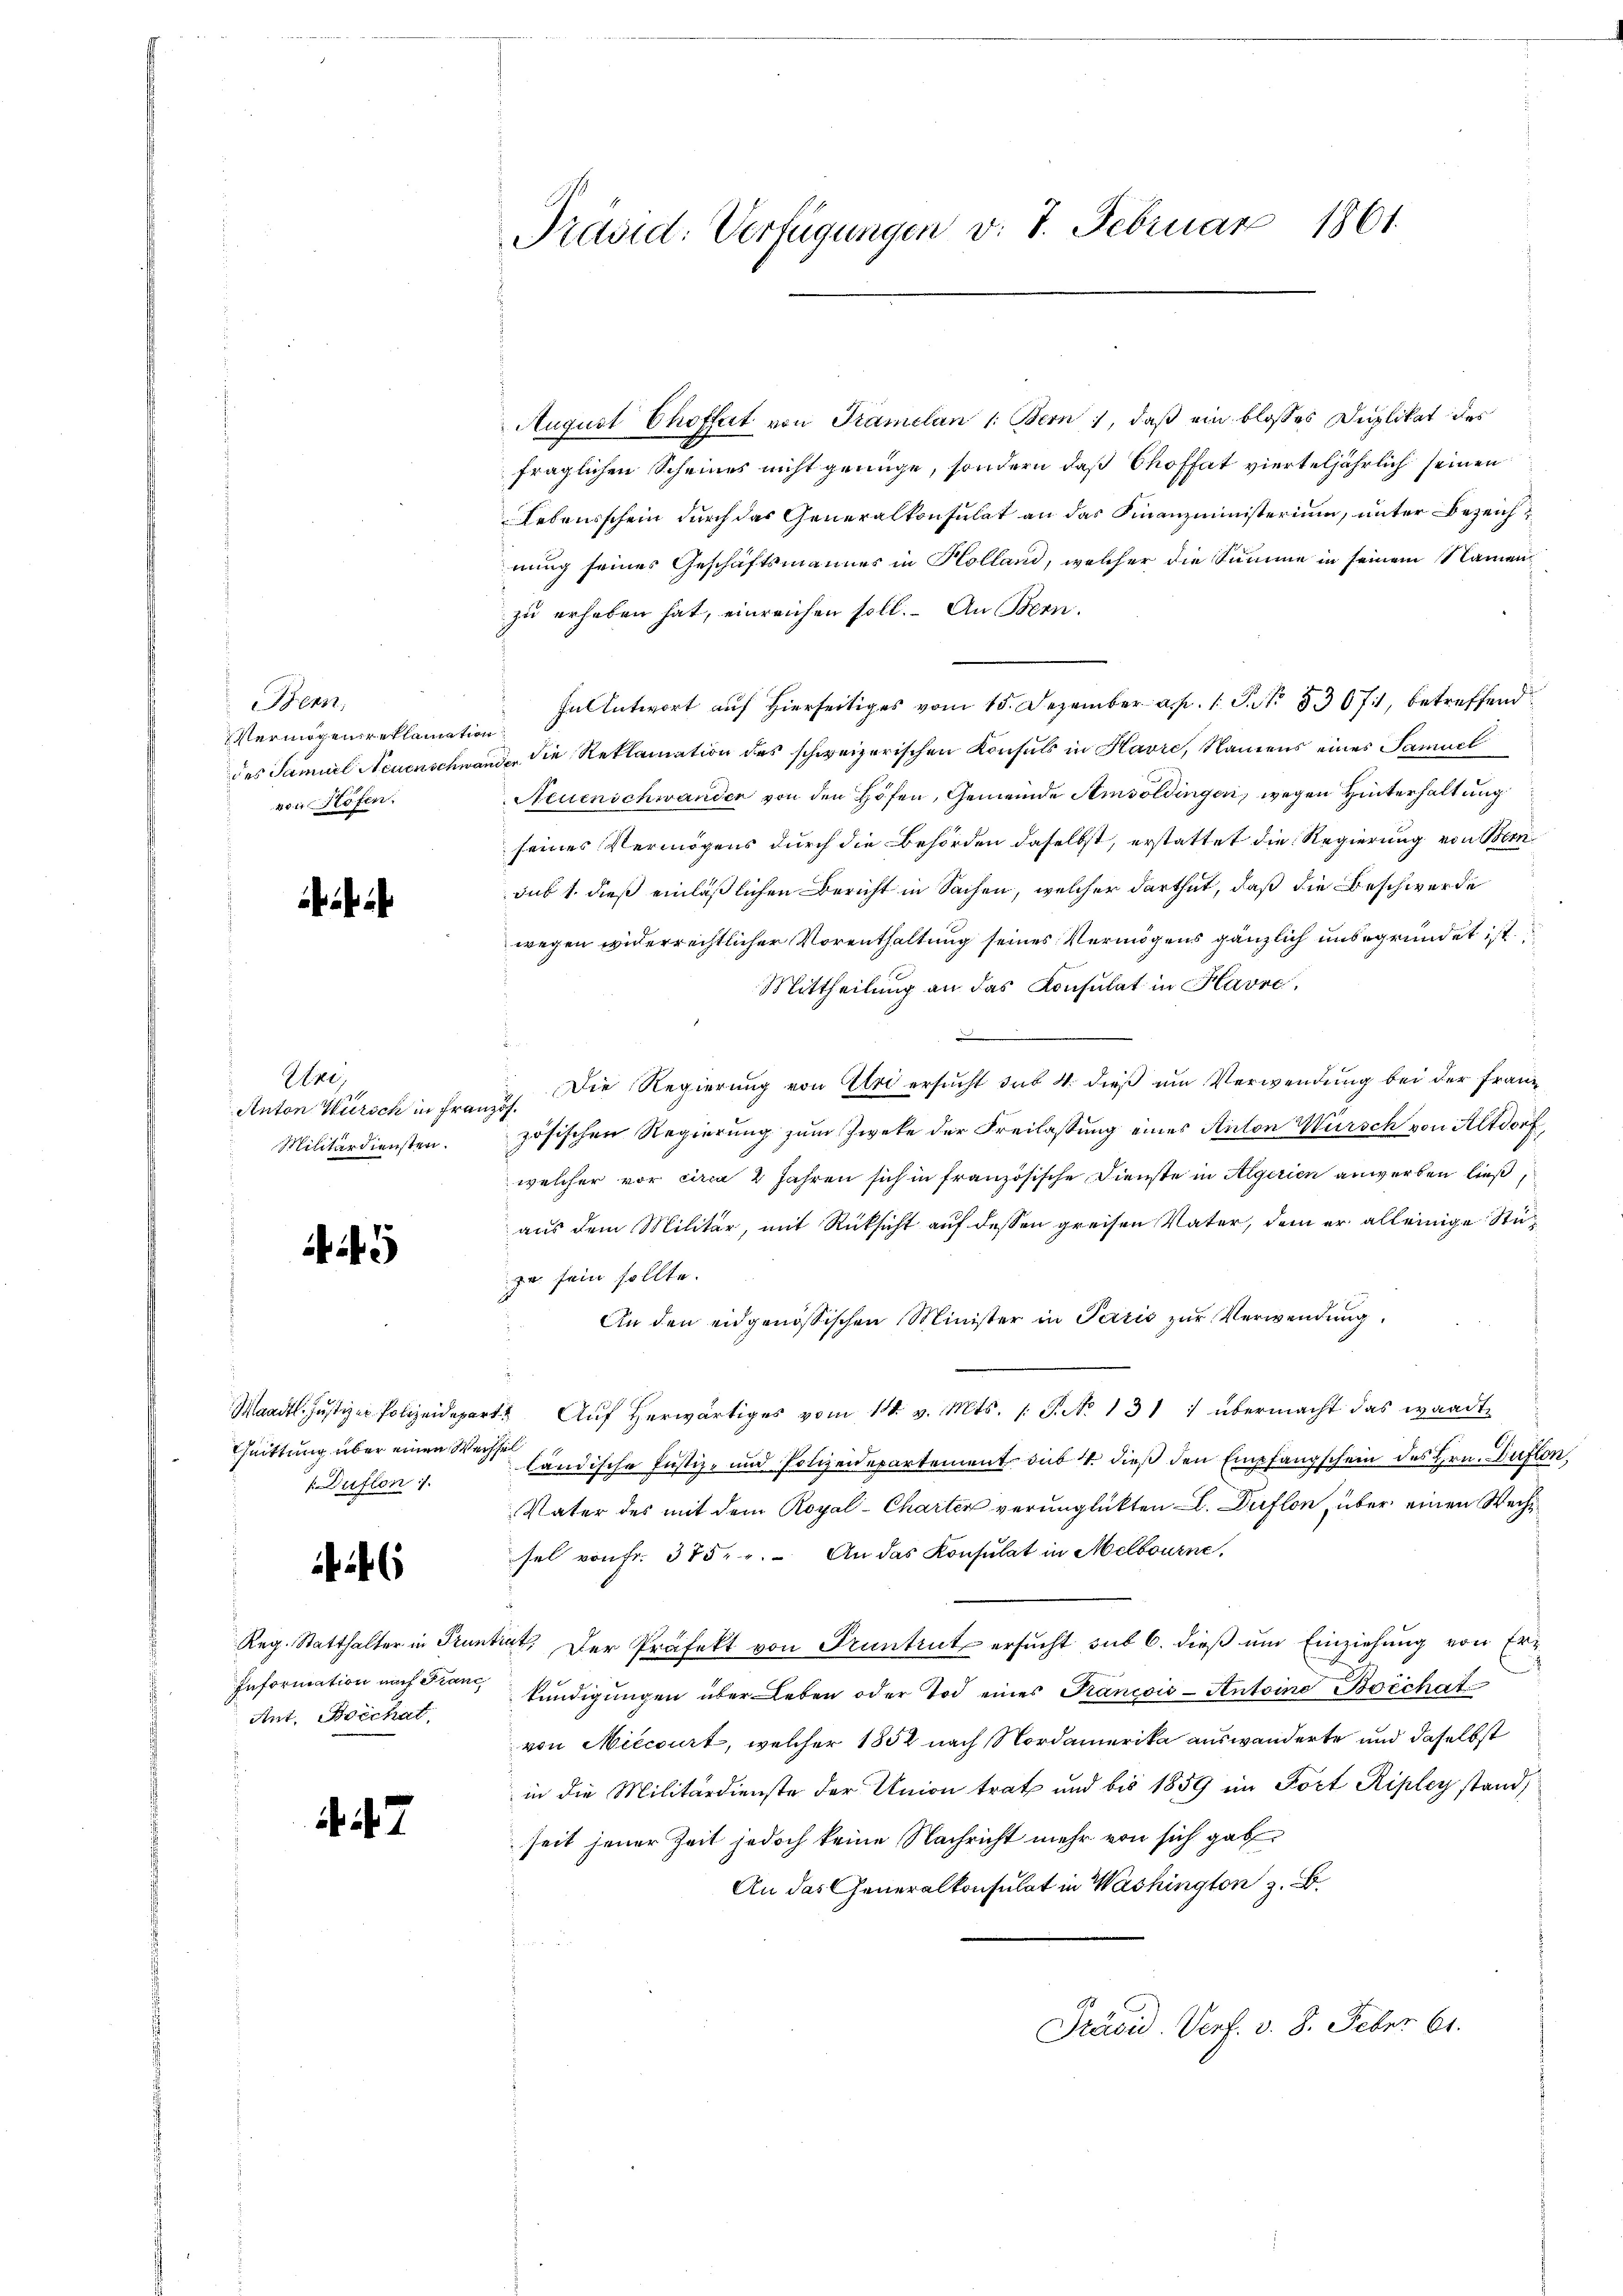
Bern
Vermögen reklamati
des Samuel Neuenschwa
von Höfen.

Are
Anton Würsch in Fra¬
Militärdiensten.

i

Maadtl. Justiz er Polizeidepa
Chuittung über einen We¬
Duflon 7.

Reg. Statthalter in Prus
Information nach Franz
Ant. Borchat

7

Präsid: Verfügungen v. 7. Februar 1861.

August Choffert von Tramelan 1: Bern, daß ein blosses Duplikat des
fraglichen Scheines nicht genüge, sondern daß Choffat vierteljährlich seinen
Lebensschein durch das Generalkonsulat an das Finanzministerium, unter Bezeichnung seines Geschäftsmannes in Kolland, welcher die Summe in seinem Namen
zu erheben hat, einreichen soll. An Bern.
Fantwort auf Hierseitiges vom 15. Dezember a. p. 1 S. 53671, betreffend
 die Reklamation des schweizerischen Konsuls in Havre, Namens eines Samuel
Neuenschwanden von den Höfen, Gemeinde Amvoldingen, wegen Hinterhaltung
seines Vermögens durch die Behörden daselbst, erstattet die Regierung von Sensub 1. dieß einläßlichen Bericht in Sachen, welcher darthut, daß die Beschwerde
wegen widerrechtlicher Vorenthaltung seines Vermögens gänzlich unbegründet ist.
Mittheilung an das Konsulat in Havre,
.
2). Die Regierung von Uri ersucht sub. 4. dieß um Verwendung bei der Franz
zösischen Regierung zum Zweke der Freilassung eines Anton Würsch von Altdorf,
welcher vor circa 2 Jahren sich in französische Dienste in Algerien anwerben ließ
aus dem Militär, mit Rücksicht auf dessen greisen Vater, dem er alleinige Stupr. sein sollte.
An den eidgenössischen Minister in Paris zŭr Verwendung.
4. Aŭf herwärtiges vom 14. v. Mts. 1 S. No 131 1 übermacht das waadt
Theil
ländische Justiz- und Polizeidepartement sub 1. dieß den Empfangschein des Hrn. Auflon
Vater des mit dem Royal-Charten verunglükten . Duflon, über einen Wechsel von fr. 385. " An das Konsulat in Melbourne,
tat. Der Präfekt von Pruntrut ersucht sub 6. dieß und Einziehung von Erkündigŭngen über Leben oder Tod eines Prancois-Antoine Borchat
von Miecourt, welcher 1852 nach Nordamerika auswanderte und daselbst
in die Militärdienste der Union trat und bis 1859 in Fort Ripley stand,
seit jener Zeit jedoch keine Nachricht mehr von sich gab
An das Generalkonsulat in Washington z. B.
Präsid. Verf. v. 8. Feber 61.